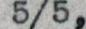
5/5,